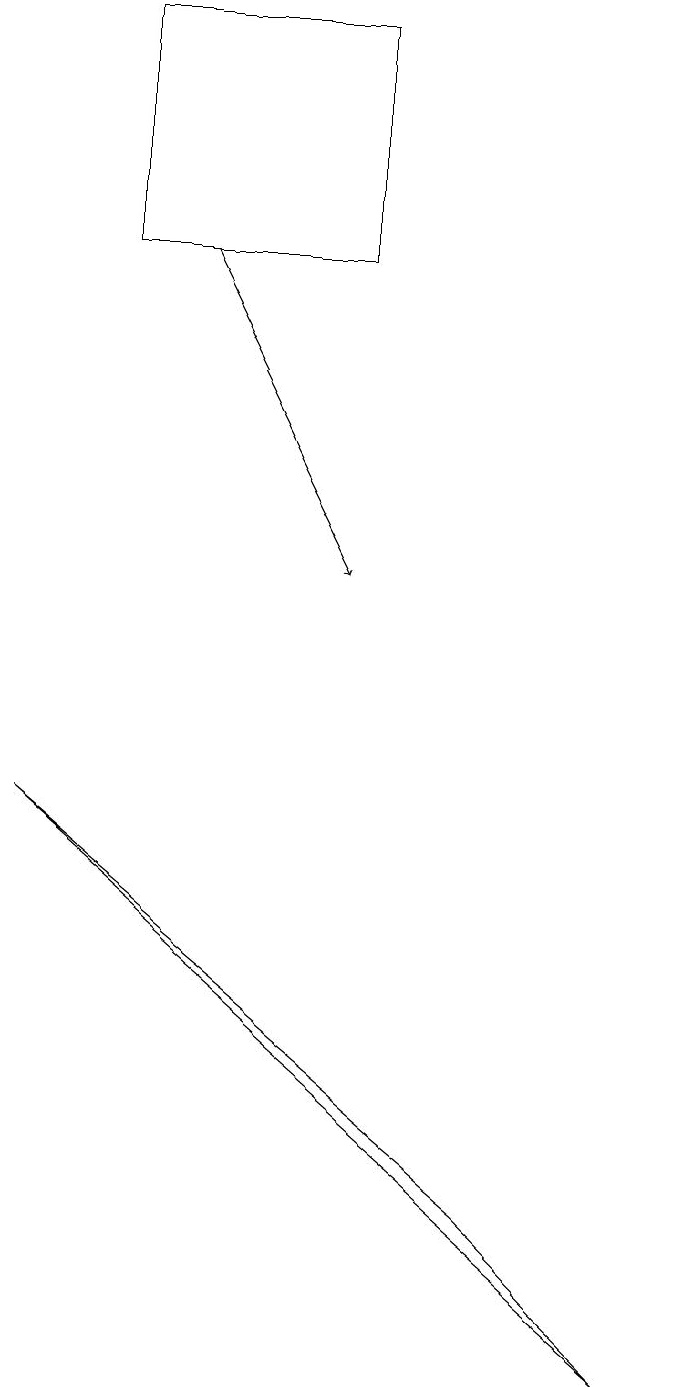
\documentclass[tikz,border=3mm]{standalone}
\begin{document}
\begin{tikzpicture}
\draw (4,17) rectangle (1,14);
\draw[->] (2,14) -- (4,10);
\draw (8,0) -- (6,2) -- (0,7) -- cycle;
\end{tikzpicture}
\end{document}